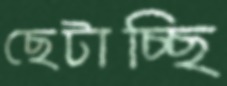
ছেটাচ্ছি